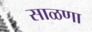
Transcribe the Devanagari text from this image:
साळणा